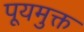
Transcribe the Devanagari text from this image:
पूयमुक्त